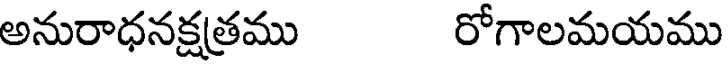
అనురాధనక్షత్రము రోగాలమయము